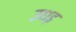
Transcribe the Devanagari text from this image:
उधड़